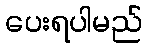
ပေးရပါမည်